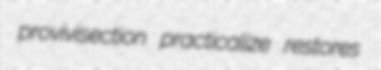
provivisection practicalize restores